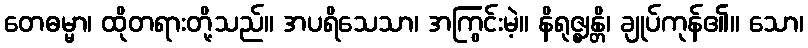
တေဓမ္မာ၊ ထိုတရားတို့သည်။ အပရိသေသာ၊ အကြွင်းမဲ့။ နိရုဇ္ဈန္တိ၊ ချုပ်ကုန်၏။ သော၊